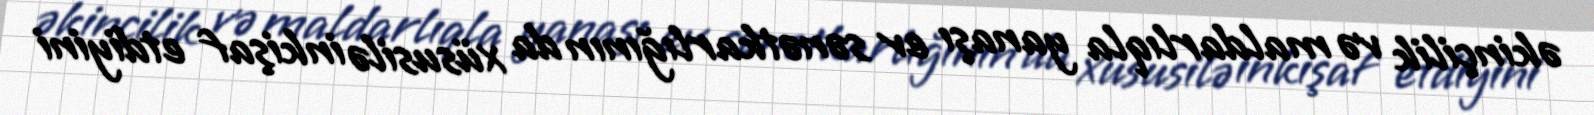
əkinçilik və maldarlıqla yanaşı ev sənətkarlığının da xüsusilə inkişaf etdiyini